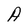
Character: A